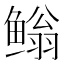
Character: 𮬢